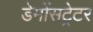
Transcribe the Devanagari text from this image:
डेमोंसट्रेटर